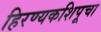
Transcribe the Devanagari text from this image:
हिरण्यकशिपूचा